Document type: Barter
Year: 1304
Scribe: Pere Pometa
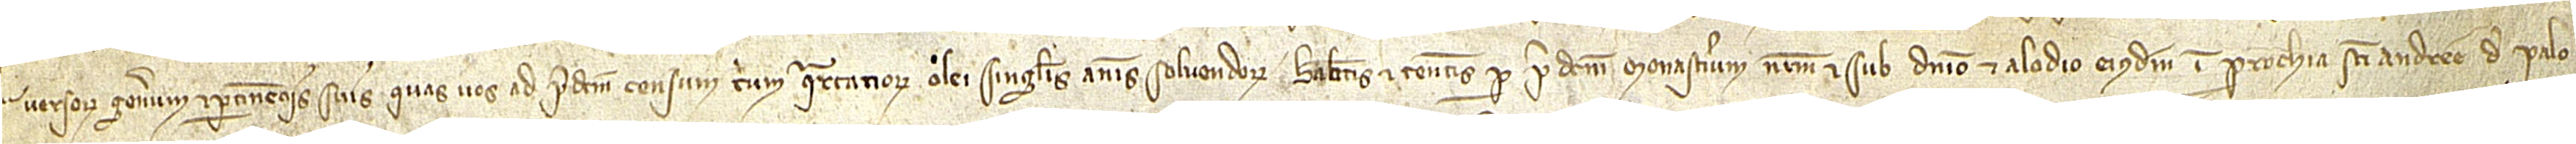
versorum generum et pertinenciis suis, quas vos ad predictum censum trium quartanorum olei singulis annis solvendorum habetis et tenetis per predictum monasterium nostrum et sub dominio et alodio eiusdem in parrochia Sancti Andree de Palo-